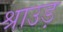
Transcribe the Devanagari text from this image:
श्राउड़